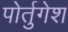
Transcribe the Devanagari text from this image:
पोर्तुगेश